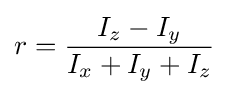
r={\frac {I_{z}-I_{y}}{I_{x}+I_{y}+I_{z}}}